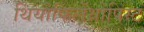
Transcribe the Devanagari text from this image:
थियोफिलेंथ्रोपिस्ट